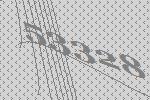
53328